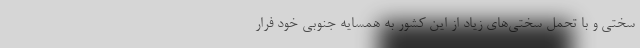
سختی و با تحمل سختی‌های زیاد از این کشور به همسایه جنوبی خود فرار